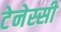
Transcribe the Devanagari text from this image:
टेनेस्सी